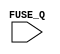
// This program was cloned from: https://github.com/steveicarus/ivtest
// License: GNU General Public License v2.0

// pr1750870

module test (FUSE_Q);

   parameter fuse_a_msb = 4;

   parameter fuse_q_msb = (2**(fuse_a_msb+1))-1;

   input [fuse_q_msb:0] FUSE_Q;

   initial begin
      $display("fuse_q_msb = %d", fuse_q_msb);
      if ($bits(FUSE_Q) != 32) begin
	 $display("FAILED -- $bits(FUSE_Q) = %d", $bits(FUSE_Q));
	 $finish;
      end

      $display("PASSED");
   end

endmodule